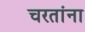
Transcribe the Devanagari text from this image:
चरतांना